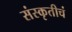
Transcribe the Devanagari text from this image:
संस्कृतीचं